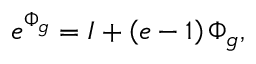
e ^ { \Phi _ { g } } = { \cal I } + \left( e - 1 \right) \Phi _ { g } ,